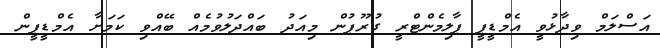
އަސްލަމް ވިދާޅުވީ އެމްޑީޕީ ޕާލިމެންޓްރީ ގުރޫޕުން މިއަދު ބައްދަލުވުމެއް ބޭއްވި ކަމަށާ އެމްޑީޕީން